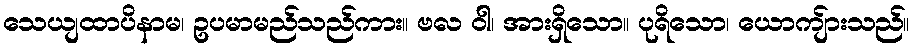
သေယျထာပိနာမ၊ ဥပမာမည်သည်ကား။ ဗလ ဝါ၊ အားရှိသော။ ပုရိသော၊ ယောကျ်ားသည်။